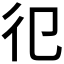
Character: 𢒿